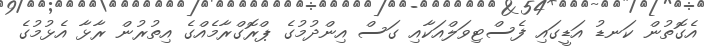
އެގޮތުން ކަނޑު އަޑީގައި ފެސްޓިވަލްއަކާއި ގަސް އިންދުމުގެ ޕްރޮގްރާމެއްގެ އިތުރުން ރާޅާ އެޅުމުގެ